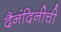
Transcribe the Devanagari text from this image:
दैनंदिनीची